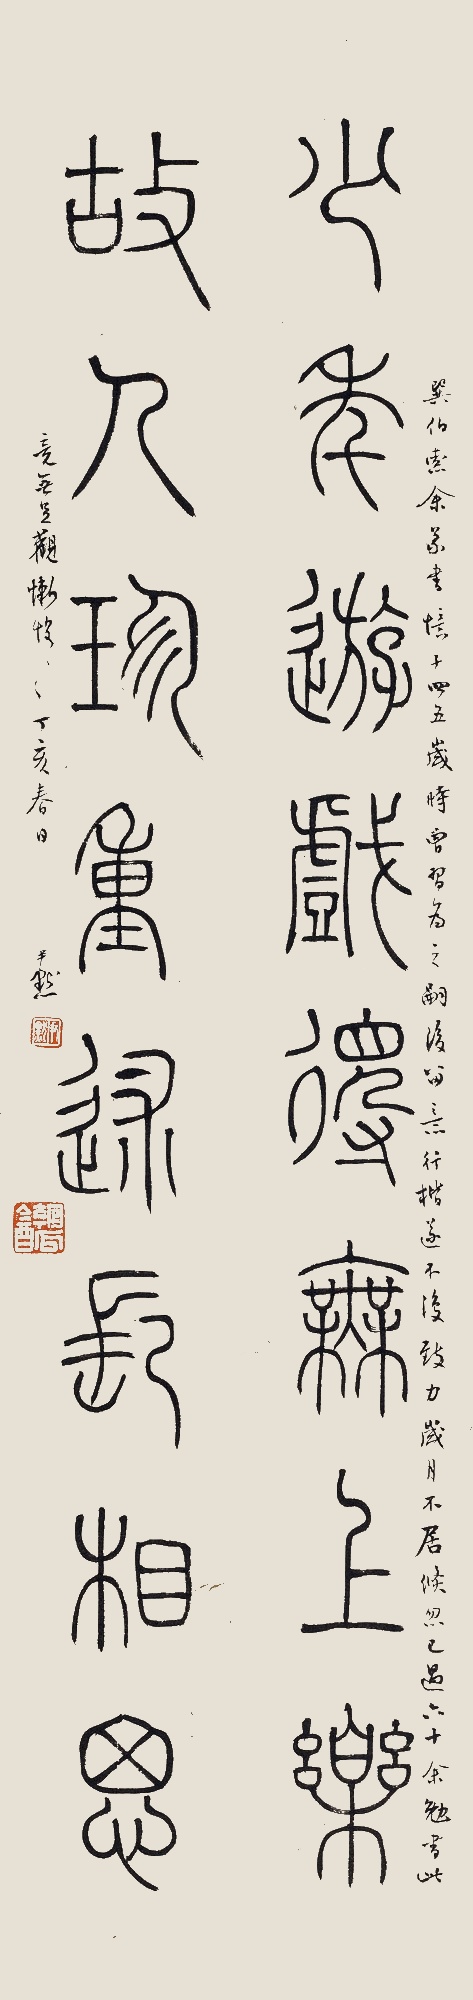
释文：少年游戏得无上乐，故人珍重述长相思。巽伯索余篆书，忆十四五岁时曾习为之，嗣后留意行楷，遂不复致力。岁月不居，倏忽已过六十，余勉书此竟无足观，惭惶惭惶。丁亥春日，尹默。